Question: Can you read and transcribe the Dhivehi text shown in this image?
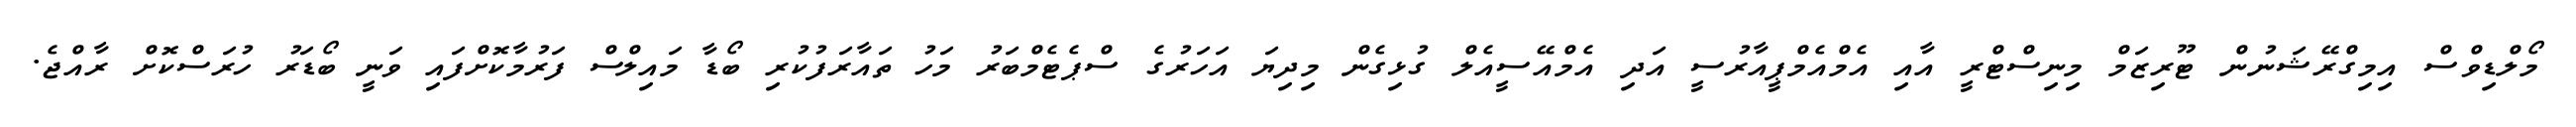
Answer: މޯލްޑިވްސް އިމިގްރޭޝަނުން ޓޫރިޒަމް މިނިސްޓްރީ އާއި އެމްއެމްޕީއާރުސީ އަދި އެމްއޭސީއެލް ގުޅިގެން މިދިޔަ އަހަރުގެ ސްޕެޓެމްބަރު މަހު ތައާރަފުކުރި ބޯޑާ މައިލްސް ފަރުމާކޮށްފައި ވަނީ ބޯޑަރު ހުރަސްކޮށް ރާއްޖެ.